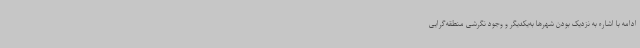
ادامه با اشاره به نزدیک بودن شهرها به‌یکدیگر و وجود نگرشی منطقه‌گرایی